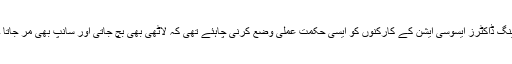
ینگ ڈاکٹرز ایسوسی ایشن کے کارکنوں کو ایسی حکمت عملی وضع کرنی چاہئے تھی کہ لاٹھی بھی بچ جاتی اور سانپ بھی مر جاتا ۔